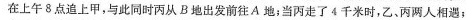
在上午8点追上甲，与此同时丙从B地出发前往A地；当丙走了4千米时，乙、丙两人相遇：